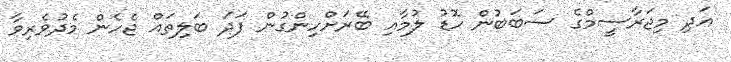
އަދި މިޖަރާސީމްގެ ސަބަބުން ހޮޑު ލުމާއި ބޭރަށްހިންގުން ފަދަ ބަލިތައް ޖެހެން މެދުވެރިވާ